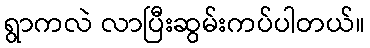
ရွာကလဲ လာပြီးဆွမ်းကပ်ပါတယ်။